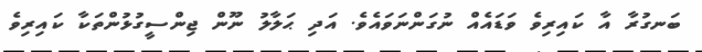
ބަނގުރާ އާ ކައިރިވެ ވަޑައެއް ނުގަންނަވައެވެ. އަދި ޙަލާލު ނޫން ޖިންސީގުޅުންތަކާ ކައިރިވެ